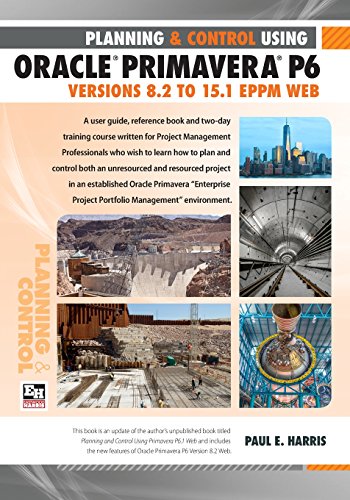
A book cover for Planning and Control Using Oracle Primavera P6 Versions 8.2 to 15.1 EPPM Web; Paul E Harris; Computers & Technology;